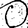
Digit: 0